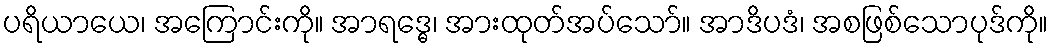
ပရိယာယေ၊ အကြောင်းကို။ အာရဒ္ဓေ၊ အားထုတ်အပ်သော်။ အာဒိပဒံ၊ အစဖြစ်သောပုဒ်ကို။